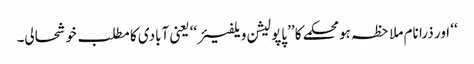
‘‘ اور ذرا نام ملاحظہ ہو محکمے کا ’’پاپولیشن ویلفیئر‘‘ یعنی آبادی کا مطلب خوشحالی۔